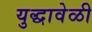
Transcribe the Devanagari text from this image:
युद्धावेळी